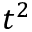
t ^ { 2 }